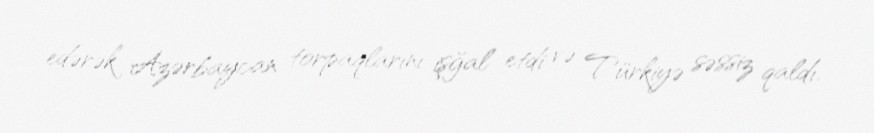
edərək Azərbaycan torpaqlarını işğal etdi və Türkiyə səssiz qaldı.